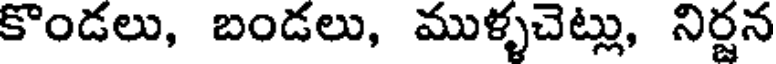
కొండలు, బండలు, ముళ్ళచెట్లు, నిర్జన